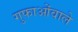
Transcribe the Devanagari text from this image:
गुफाओंवाले